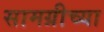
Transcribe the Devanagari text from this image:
सामग्रीच्या